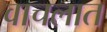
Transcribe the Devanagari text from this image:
वाचलात